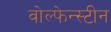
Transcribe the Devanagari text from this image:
वोल्फेन्स्टीन